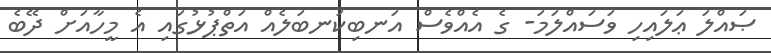
ޞައްލަ ޢަލައިހި ވަސައްލަމަ- ގެ އެއްވެސް އަނބިކަނބަލެއް އަތްޕުޅުގައި އެ މީހާއަށް ދޭބެ